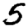
Digit: 5